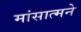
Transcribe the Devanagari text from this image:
मांसात्मने